Leaving Certificate Examination (including Day School Certificate (Higher) General paper), 1931
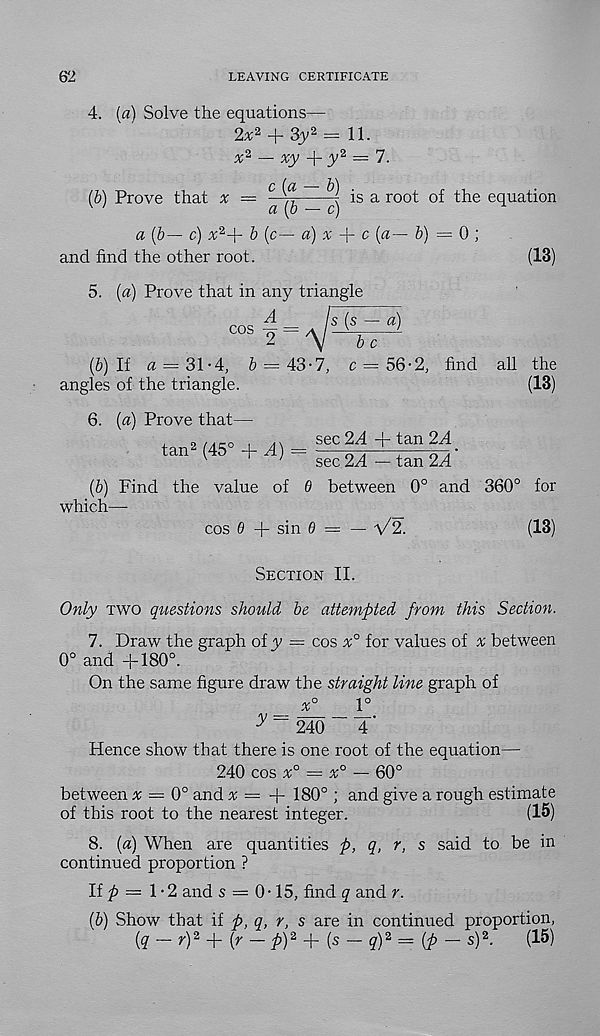
62
LEAVING CERTIFICATE
4. (a) Solve the equations—
2* 2 + 3y 2 = 11.
x 2 — xy -j- y 2 — 7.
(6) Prove that x —
is a root of the equation
a (b— c) x 2j r b (c— a) x
c (a— &) = 0 ;
and find the other root.
(13)
5. (a) Prove that in any triangle
A
cos
s (s — a)
b c
(6) If a = 31-4, & = 43-7, c = 56-2, find ah the
angles of the triangle.
(13)
6. («) Prove that-
tan 2 (45° + .4) -
sec 2^4 + tan 2A
sec 2A — tan 2.4
(6) Find the value of 0 between 0° and 360° for
which—
cos 6 + sin 6> = — V2.
(13)
Section II.
Only two questions should be attempted from this Section.
7. Draw the graph oiy = cos x° for values of x between
0° and +180°.
On the same figure draw the straight line graph of
_ %°
1°
^ “ 240
4 '
Hence show that there is one root of the equation—
240 cos x° — x° — 60°
between # = 0° and x — A- 180° ; and give a rough estimate
of this root to the nearest integer.
(15)
8. (fl) When are quantities p, q, r, s said to be in
continued proportion ?
If ^ = 1 • 2 and s = 0-15, find q and r.
(b) Show that if p, q, r, s are in continued proportion,
{q — r) 2 + (y — P) z + {s — q) 2 = {p — s) 2 .
(15)